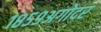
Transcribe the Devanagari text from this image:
१८५९अगोदर